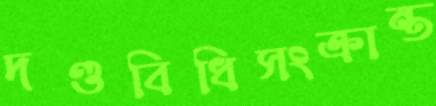
দণ্ডবিধিসংক্রান্ত